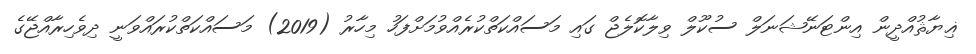
ޣިޔާޘުއްދީން އިންޓަނޭޝަނަލް ސުކޫލް ވިލާކޮލެޖް ގައި މަސައްކަތްކުރެއްވުމަށްފަހު މިހާރު (2019) މަސައްކަތްކުރައްވަނީ ދިވެހިރާއްޖޭގެ